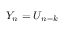
Y _ { n } = U _ { n - k }